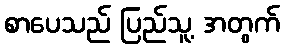
စာပေသည် ပြည်သူ့ အတွက်